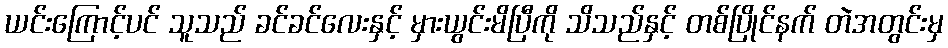
ယင်းကြောင့်ပင် သူသည် ခင်ခင်လေးနှင့် မှားယွင်းမိပြီကို သိသည်နှင့် တစ်ပြိုင်နက် တဲအတွင်းမှ